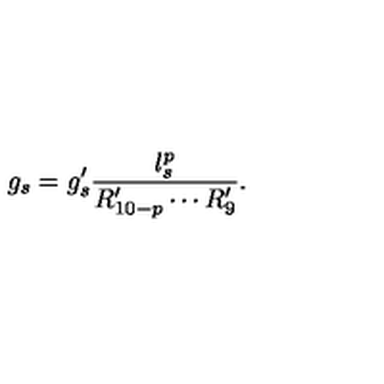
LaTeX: g _ { s } = g _ { s } ^ { \prime } \frac { l _ { s } ^ { p } } { R _ { 1 0 - p } ^ { \prime } \cdots R _ { 9 } ^ { \prime } } .